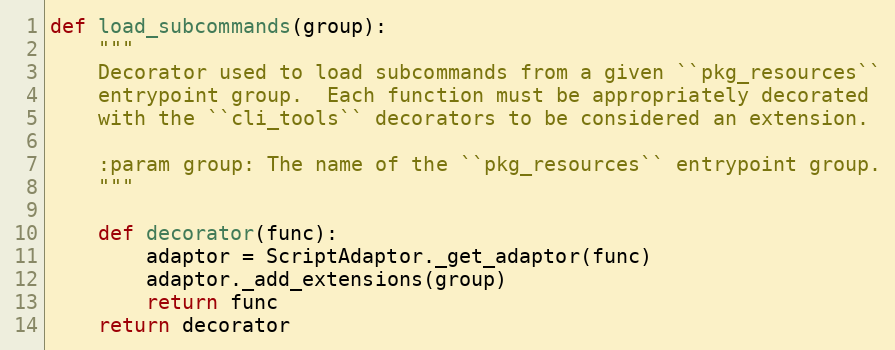
Language: Python
def load_subcommands(group):
    """
    Decorator used to load subcommands from a given ``pkg_resources``
    entrypoint group.  Each function must be appropriately decorated
    with the ``cli_tools`` decorators to be considered an extension.

    :param group: The name of the ``pkg_resources`` entrypoint group.
    """

    def decorator(func):
        adaptor = ScriptAdaptor._get_adaptor(func)
        adaptor._add_extensions(group)
        return func
    return decorator